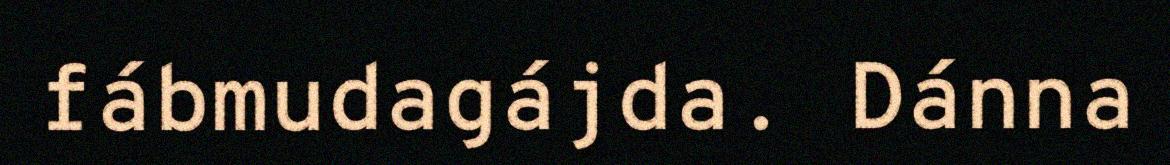
fábmudagájda. Dánna